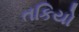
તકિયો